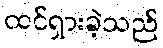
ထင်ရှားခဲ့သည်